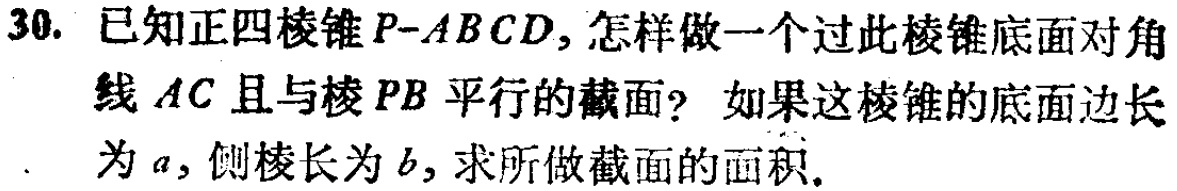
30. 已知正四棱锥\(P - ABCD\)，怎样做一个过此棱锥底面对角线\(AC\)且与棱\(PB\)平行的截面？如果这棱锥的底面边长为\(a\)，侧棱长为\(b\)，求所做截面的面积。